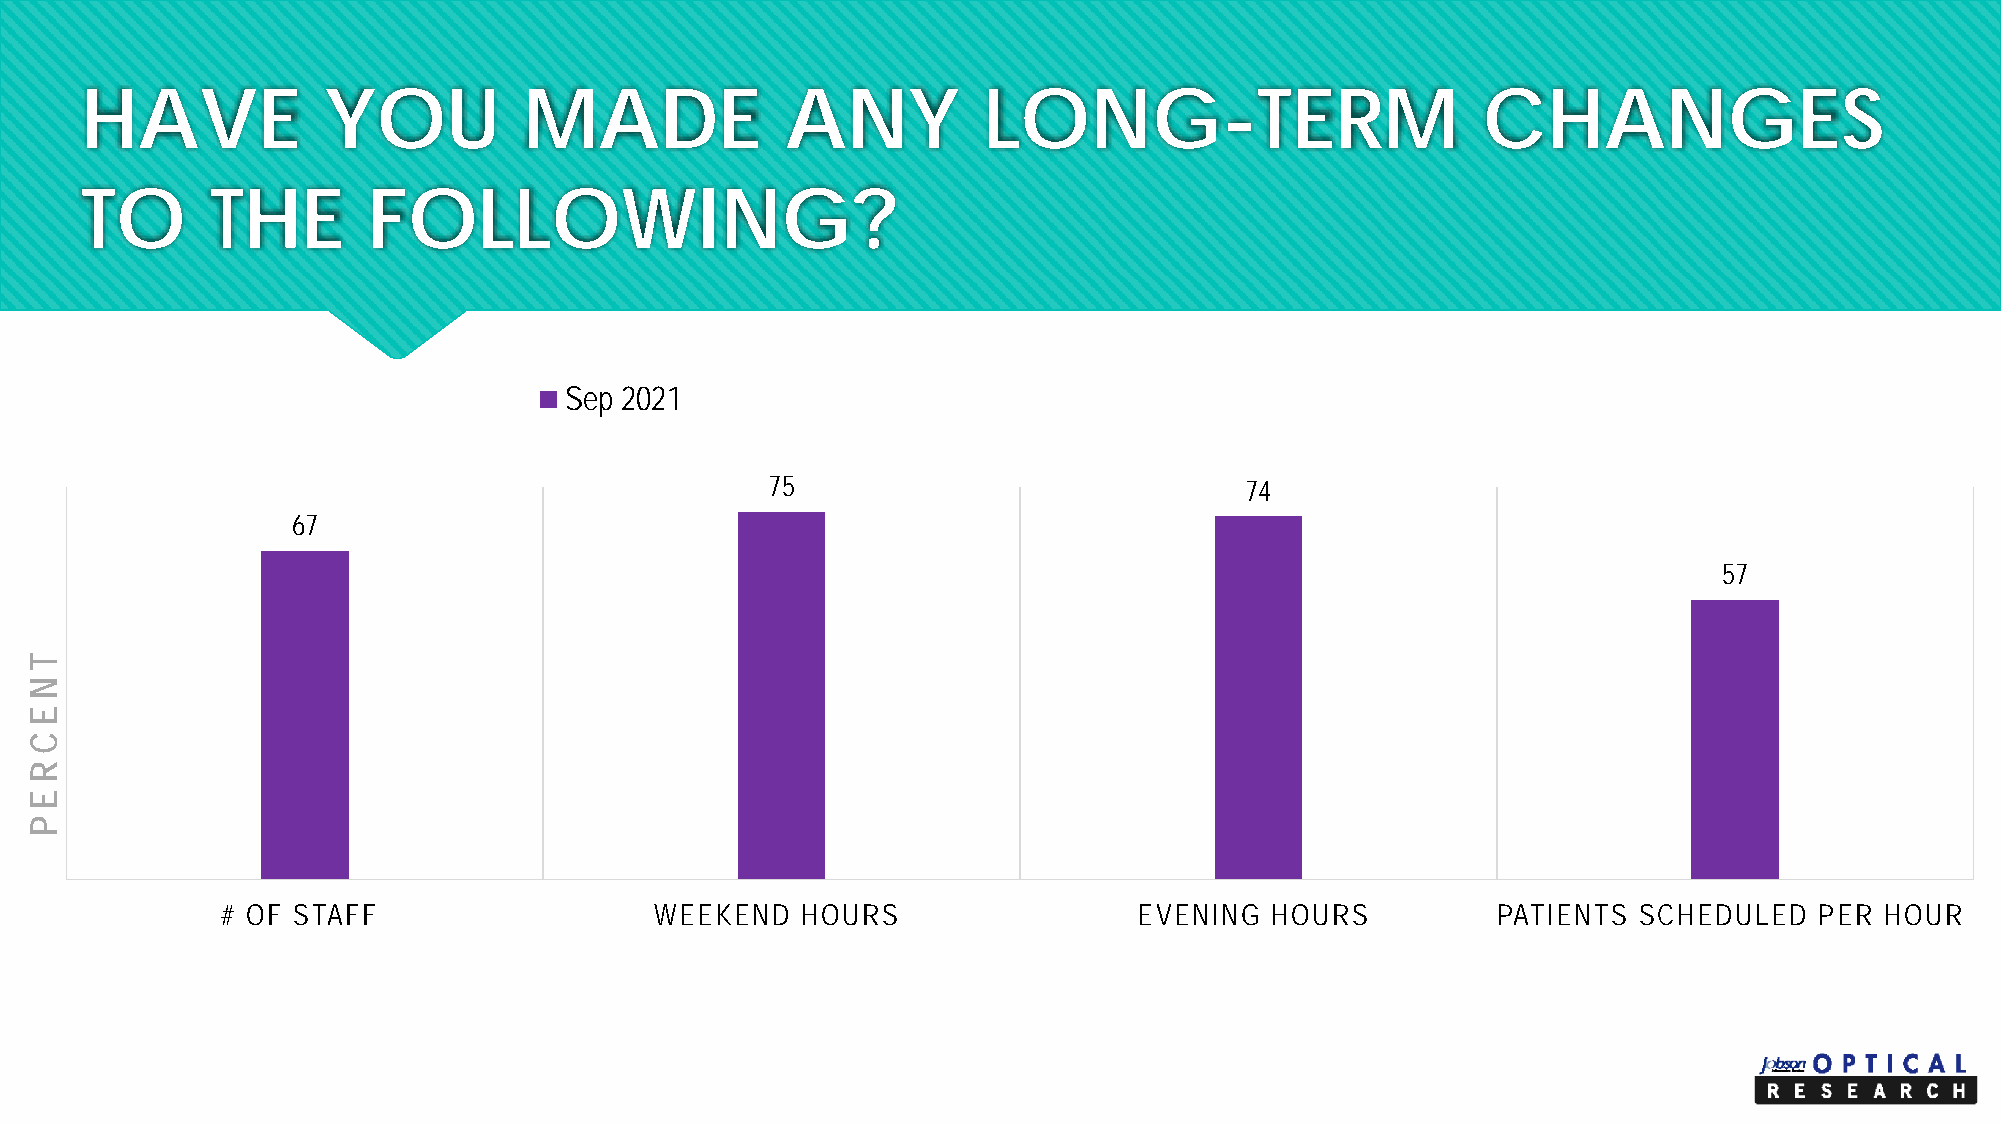
HAVE            YOU           MADE             ANY          LONG-TERM                        CHANGES
 TO       THE       FOLLOWING?
 Sep 2021
 75                             74
 67
 57
 # OF STAFF                  WEEKEND   HOURS                 EVENING  HOURS          PATIENTS SCHEDULED   PER  HOUR
 T
 NE
 C
 REP